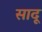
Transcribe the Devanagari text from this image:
सादू